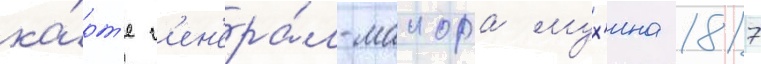
ка́рт'е г'ен'ера́л-маиора мух'ина 1817